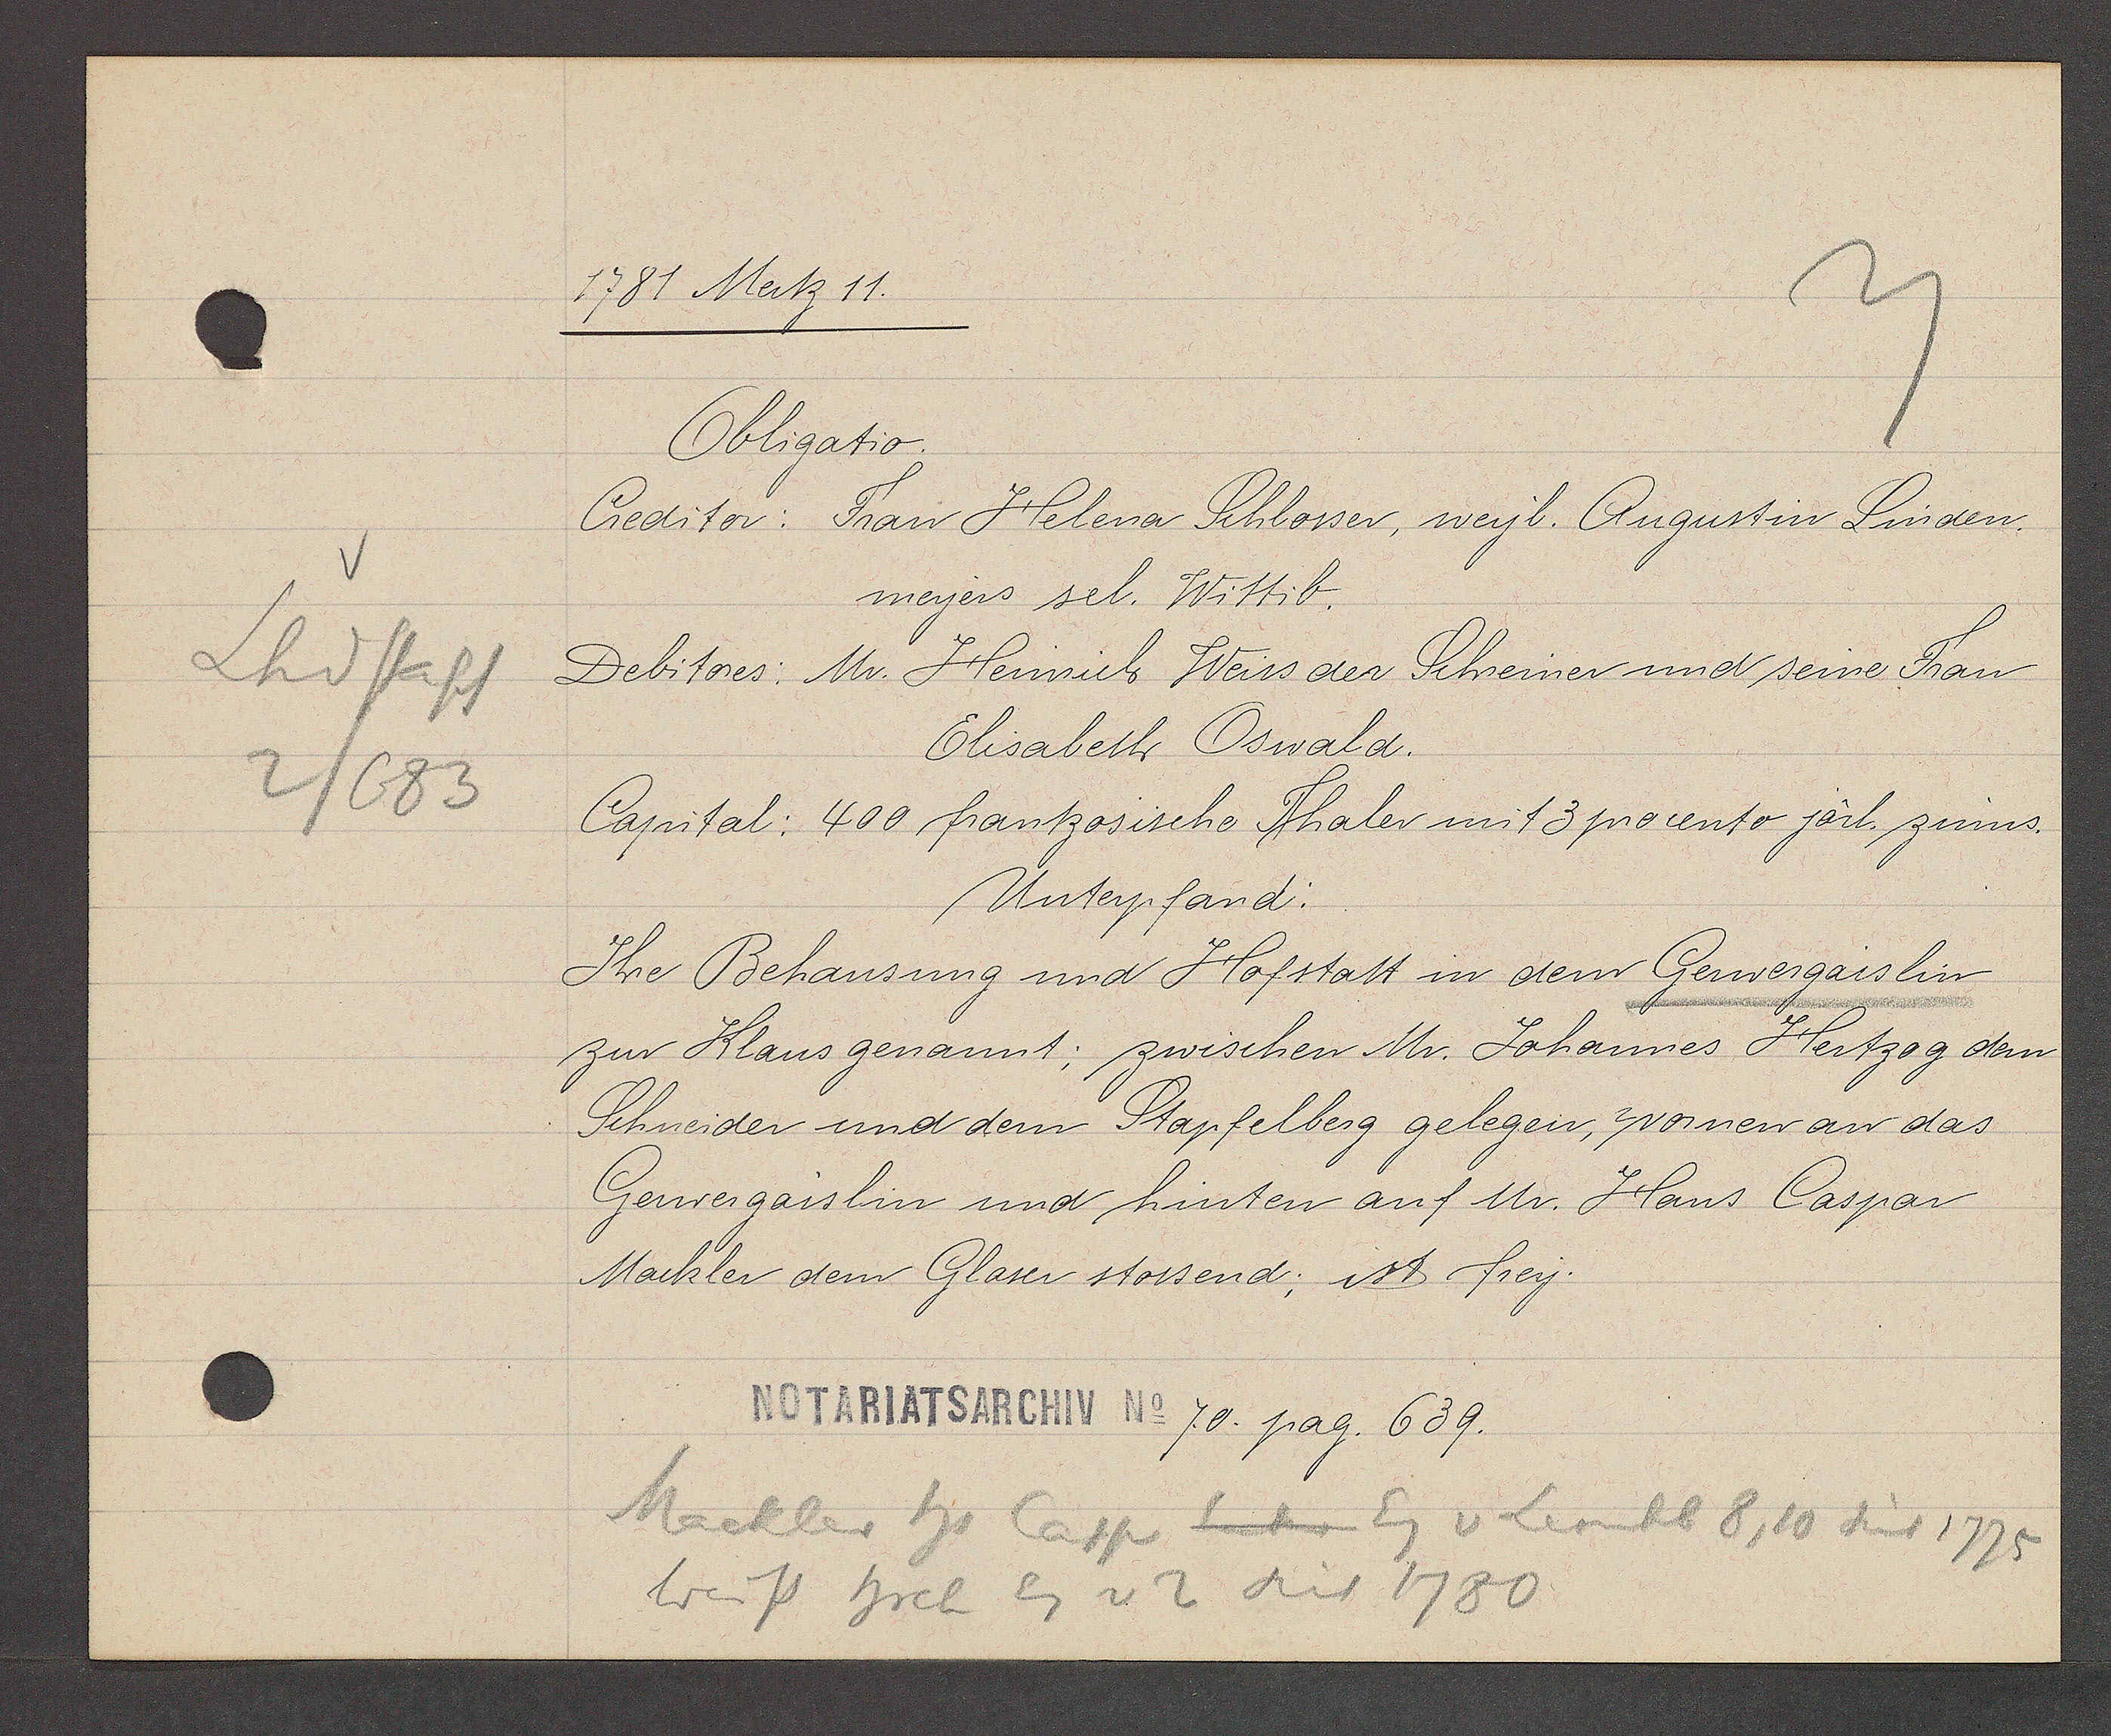
Transcript:
V
Lhdstapf
2/683

1781 Mertz 11.

Obligatio.
Creditor: Frau Helena Schlosser, weyl. Augustin Linden¬
meyers sel. Wittib.
Debitores: Mr. Heinrich Weiss der Schreiner und seine Frau
Elisabeth Oswald.
Capital: 400 frantzosische Thaler mit 3 procento järl. zinns.
Unterpfand:
Ihre Behausung und Hofstatt in dem Gerwergaislin
zur Klaus genannt; zwischen Mr. Johannes Hertzog dem
Schneider und dem Stapfelberg gelegen, wornen an das
Gerwergaislin und hinten auf Mr. Hans Caspar
Mackler dem Glaser stossend; ist frey.

Notariatsarchiv No 70. pag. 639.

Mackler hs Casp hinter Eg v Leonhb 8, 10 seit 1775
Weiss hrch Eg v 2 seit 1780